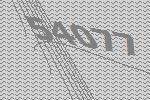
54077